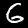
Digit: 6